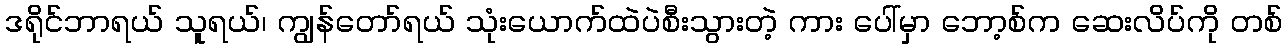
ဒရိုင်ဘာရယ် သူရယ်၊ ကျွန်တော်ရယ် သုံးယောက်ထဲပဲစီးသွားတဲ့ ကား ပေါ်မှာ ဘော့စ်က ဆေးလိပ်ကို တစ်